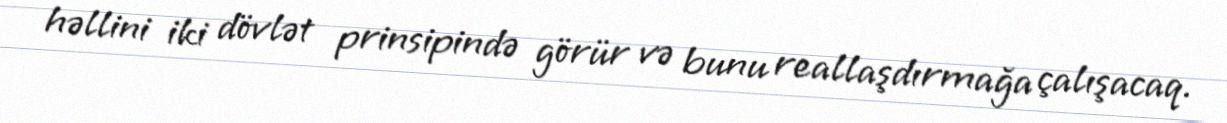
həllini iki dövlət prinsipində görür və bunu reallaşdırmağa çalışacaq.